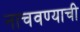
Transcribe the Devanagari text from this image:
नाचवण्याची